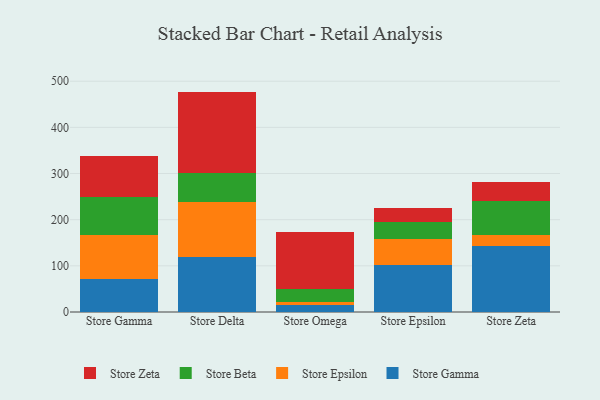
{"axis": {"x": "Store", "y": "Customer Acquisition Cost (USD)"}, "legend": ["Store Beta", "Store Epsilon", "Store Gamma", "Store Zeta"], "data": [{"x": "Store Gamma", "y": 71.7, "type": "Store Gamma"}, {"x": "Store Gamma", "y": 96.0, "type": "Store Epsilon"}, {"x": "Store Gamma", "y": 81.9, "type": "Store Beta"}, {"x": "Store Gamma", "y": 87.4, "type": "Store Zeta"}, {"x": "Store Delta", "y": 120.2, "type": "Store Gamma"}, {"x": "Store Delta", "y": 117.1, "type": "Store Epsilon"}, {"x": "Store Delta", "y": 64.7, "type": "Store Beta"}, {"x": "Store Delta", "y": 175.5, "type": "Store Zeta"}, {"x": "Store Omega", "y": 16.0, "type": "Store Gamma"}, {"x": "Store Omega", "y": 5.2, "type": "Store Epsilon"}, {"x": "Store Omega", "y": 29.3, "type": "Store Beta"}, {"x": "Store Omega", "y": 123.6, "type": "Store Zeta"}, {"x": "Store Epsilon", "y": 102.9, "type": "Store Gamma"}, {"x": "Store Epsilon", "y": 55.5, "type": "Store Epsilon"}, {"x": "Store Epsilon", "y": 37.4, "type": "Store Beta"}, {"x": "Store Epsilon", "y": 29.0, "type": "Store Zeta"}, {"x": "Store Zeta", "y": 142.6, "type": "Store Gamma"}, {"x": "Store Zeta", "y": 25.0, "type": "Store Epsilon"}, {"x": "Store Zeta", "y": 73.1, "type": "Store Beta"}, {"x": "Store Zeta", "y": 40.7, "type": "Store Zeta"}]}